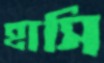
হাসি